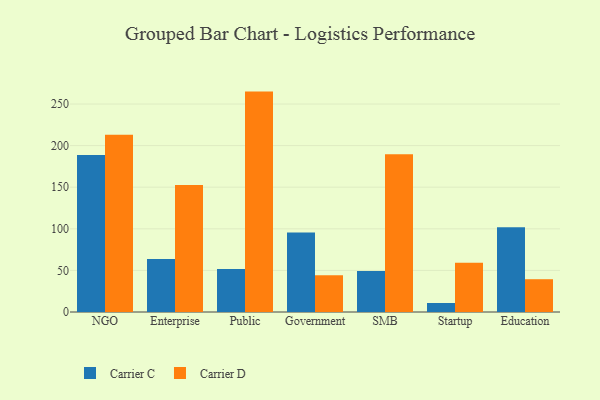
{"axis": {"x": "Segment", "y": "Energy Usage (MWh)"}, "legend": ["Carrier C", "Carrier D"], "data": [{"x": "NGO", "y": 188.7, "type": "Carrier C"}, {"x": "NGO", "y": 212.9, "type": "Carrier D"}, {"x": "Enterprise", "y": 63.6, "type": "Carrier C"}, {"x": "Enterprise", "y": 152.5, "type": "Carrier D"}, {"x": "Public", "y": 51.8, "type": "Carrier C"}, {"x": "Public", "y": 264.9, "type": "Carrier D"}, {"x": "Government", "y": 95.6, "type": "Carrier C"}, {"x": "Government", "y": 44.1, "type": "Carrier D"}, {"x": "SMB", "y": 49.4, "type": "Carrier C"}, {"x": "SMB", "y": 189.5, "type": "Carrier D"}, {"x": "Startup", "y": 10.8, "type": "Carrier C"}, {"x": "Startup", "y": 59.3, "type": "Carrier D"}, {"x": "Education", "y": 101.9, "type": "Carrier C"}, {"x": "Education", "y": 39.4, "type": "Carrier D"}]}